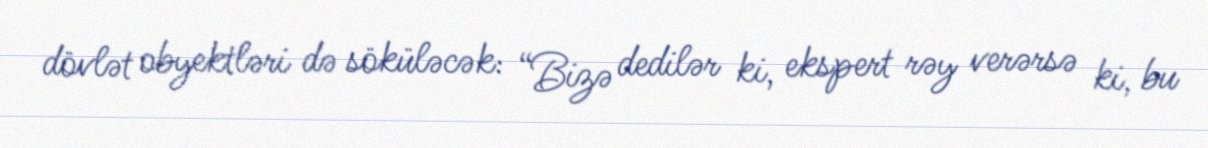
dövlət obyektləri də söküləcək: “Bizə dedilər ki, ekspert rəy verərsə ki, bu